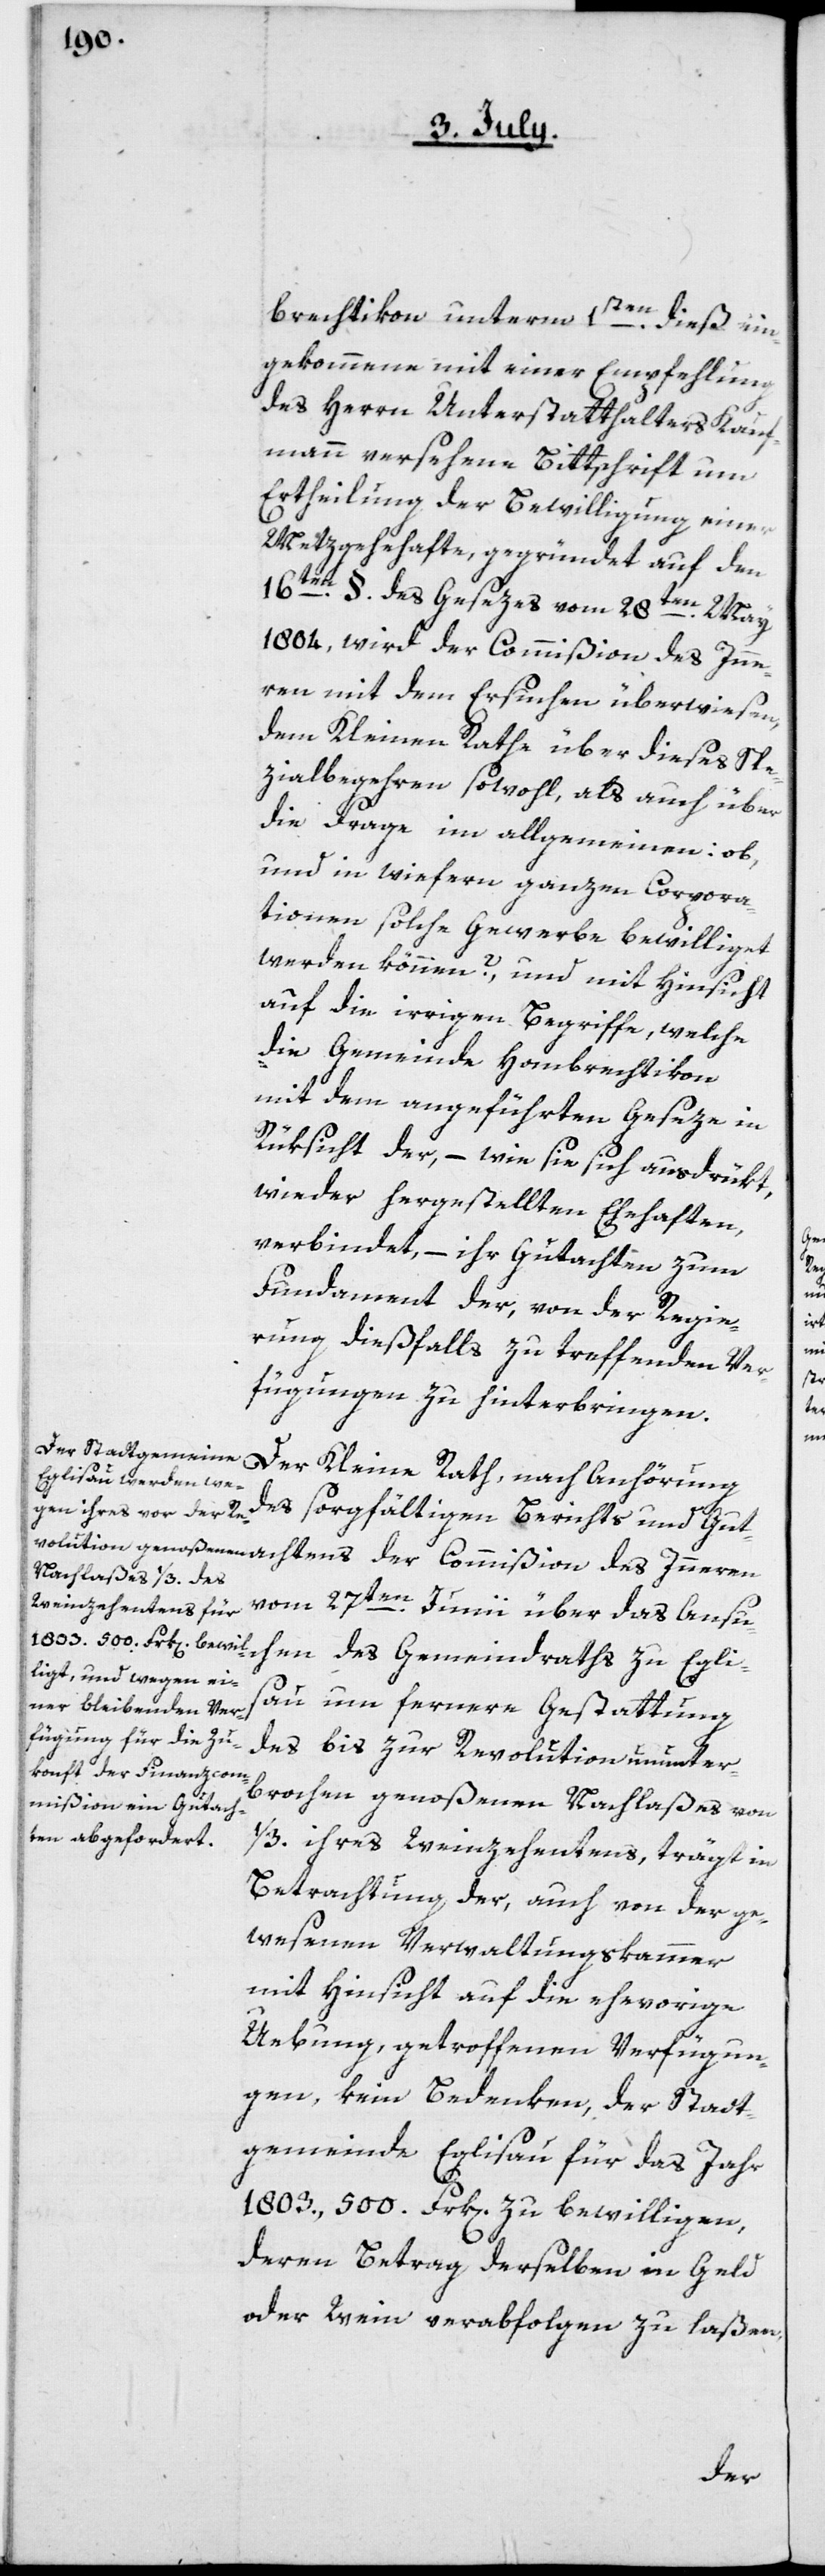
brechtikon unterm 1sten dieß ein¬
gekommene, mit einer Empfehlung
des Herrn Unterstatthalters Kauf¬
mann versehene Bittschrift um
Ertheilung der Bewilligung einer
Metzgehehafte, gegründet auf den
16ten §. des Gesezes vom 28ten May
1804, wird der Commißion des Inne¬
rn mit dem Ersuchen überwiesen,
dem Kleinen Rathe über dieses Spe¬
zialbegehren sowohl als auch über
die Frage im yllgemeinen: ob,
und in wiefern ganzen Corpora¬
tionen solche Gewerbe bewilliget
werden können?, und mit Hinsicht
auf die irrigen Begriffe, welche
die Gemeinde Hombrechtikon
mit dem angeführten Geseze in
Rüksicht der, – wie sie sich ausdrükt,
wieder hergestellten Ehehaften,
verbindet, – ihr Gutachten zum
Fundament der, von der Regie¬
rung dießfalls zu treffenden Ver¬
fügungen zu hinterbringen.
Der Kleine Rath, nach Anhörung
achtens
des sorgfältigen Berichts und Gut¬
vom 27ten Junii über das Ansuc¬
hen des Gemeindraths zu Egli¬
sau um fernere Gestattung
des bis zur Revolution ununter¬
brochen genoßenen Nachlaßes von
1/3 ihres Weinzehentens, trägt in
Betrachtung der, auch von der ge¬
wesenen Verwaltungskammer
mit Hinsicht auf die ehevorige
Uebung, getroffenen Verfügun¬
gen, kein Bedenken, der Stadt¬
gemeinde Eglisau für das Jahr
1803, 500. Frk[en]. zu bewilligen,
deren Betrag derselben in Geld
oder Wein verabfolgen zu laßen,
des